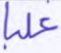
غلبا